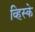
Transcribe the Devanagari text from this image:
व्हिस्के